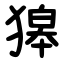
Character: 獆